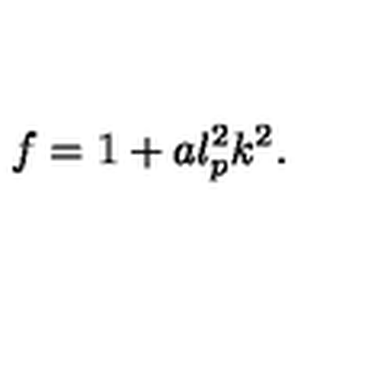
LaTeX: f = 1 + a l _ { p } ^ { 2 } k ^ { 2 } .